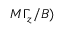
M \Gamma _ { z } / B )